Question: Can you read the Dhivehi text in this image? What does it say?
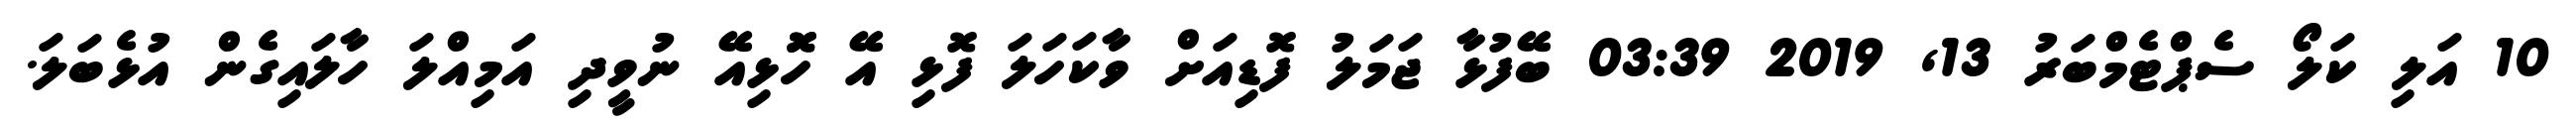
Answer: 10 އަލި ކަލޯ ސެޕްޓެމްބަރު 13, 2019 03:39 ބޭފުޅާ ޖަމަލު ފޮޑިއަށް ވާކަހަލަ ފޮޅި އޭ ހޮޮޅިއޭ ނުވީދި އަމިއްލަ ހާލައިގެން އުޅެބަލަ.